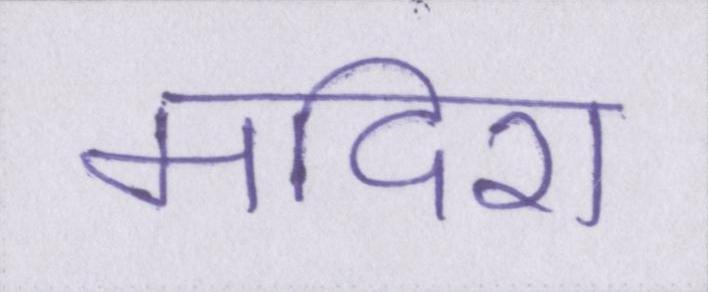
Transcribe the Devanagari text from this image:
मदिरा